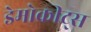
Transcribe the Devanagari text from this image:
डेमोक्रीट्स